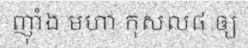
ញ៉ាំង មហា កុសល៨ ឲ្យ